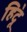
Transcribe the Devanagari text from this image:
हि॓दू